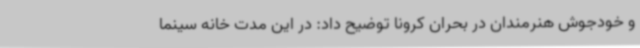
و خودجوش هنرمندان در بحران کرونا توضیح داد: در این مدت خانه سینما